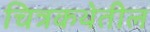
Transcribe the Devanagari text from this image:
चित्रकथेतील